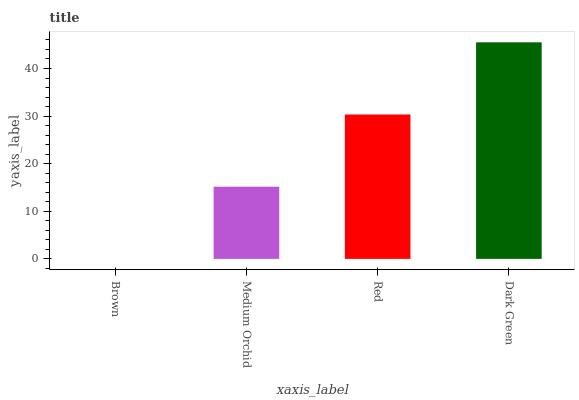
| xaxis_label | bars |
 | --- | --- |
 | Brown | 0 |
 | Medium Orchid | 15.2 |
 | Red | 30.3 |
 | Dark Green | 45.5 |